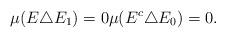
LaTeX: \begin{align*} \mu(E\triangle E_1) = 0 \mu(E^c \triangle E_0) = 0.\end{align*}